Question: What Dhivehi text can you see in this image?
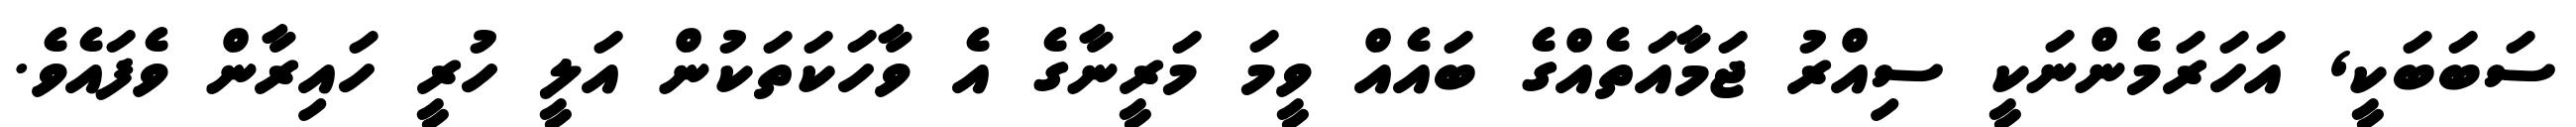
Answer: ސަބަބަކީ, އަހަރަމެންނަކީ ސިއްރު ޖަމާއަތެއްގެ ބައެއް ވީމަ މަރީނާގެ އެ ވާހަކަތަކުން އަލީ ހުރީ ހައިރާން ވެފައެވެ.